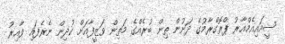
ސީއައިއެމްއާރު ޕްރޮގްރާމުގެ ދަށުން ތިން ބުރެއްގެ މަތިން ވަޒީފާއަށް ކުދިން ނެރެފައި ވާއިރު